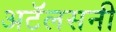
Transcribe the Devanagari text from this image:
अटॅलसनी